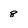
Character: 8